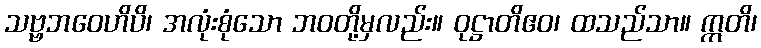
သဗ္ဗဘဝေဟိပိ၊ အလုံးစုံသော ဘဝတို့မှလည်း။ ဝုဋ္ဌာတိဧဝ၊ ထသည်သာ။ ဣတိ၊